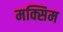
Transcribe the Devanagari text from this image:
मक्सिम